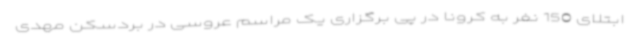
ابتلای 150 نفر به کرونا در پی برگزاری یک مراسم عروسی در بردسکن مهدی